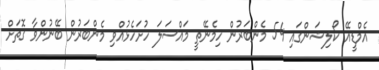
އެމްޑީއޭ ކޯލިޝަންގައި 54 މެންބަރުން ހިމެނޭތީ މައްސަލަ ހުށަހެޅުއްވި މެންބަރުން ބޭނުންވާ ގޮތަށް